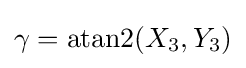
\gamma =\operatorname {atan2} (X_{3},Y_{3})